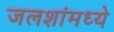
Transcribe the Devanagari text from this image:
जलशांमध्ये